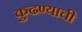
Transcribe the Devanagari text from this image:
कुढण्याची